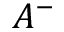
A ^ { - }